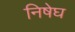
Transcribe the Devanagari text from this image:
निषेघ